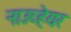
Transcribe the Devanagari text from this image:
नाउव्हेयर